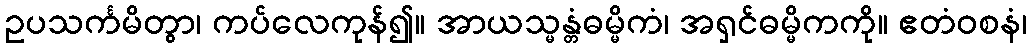
ဥပသင်္ကမိတွာ၊ ကပ်လေကုန်၍။ အာယသ္မန္တံဓမ္မိကံ၊ အရှင်ဓမ္မိကကို။ ဧတံဝစနံ၊